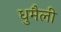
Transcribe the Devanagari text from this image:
धुमैली